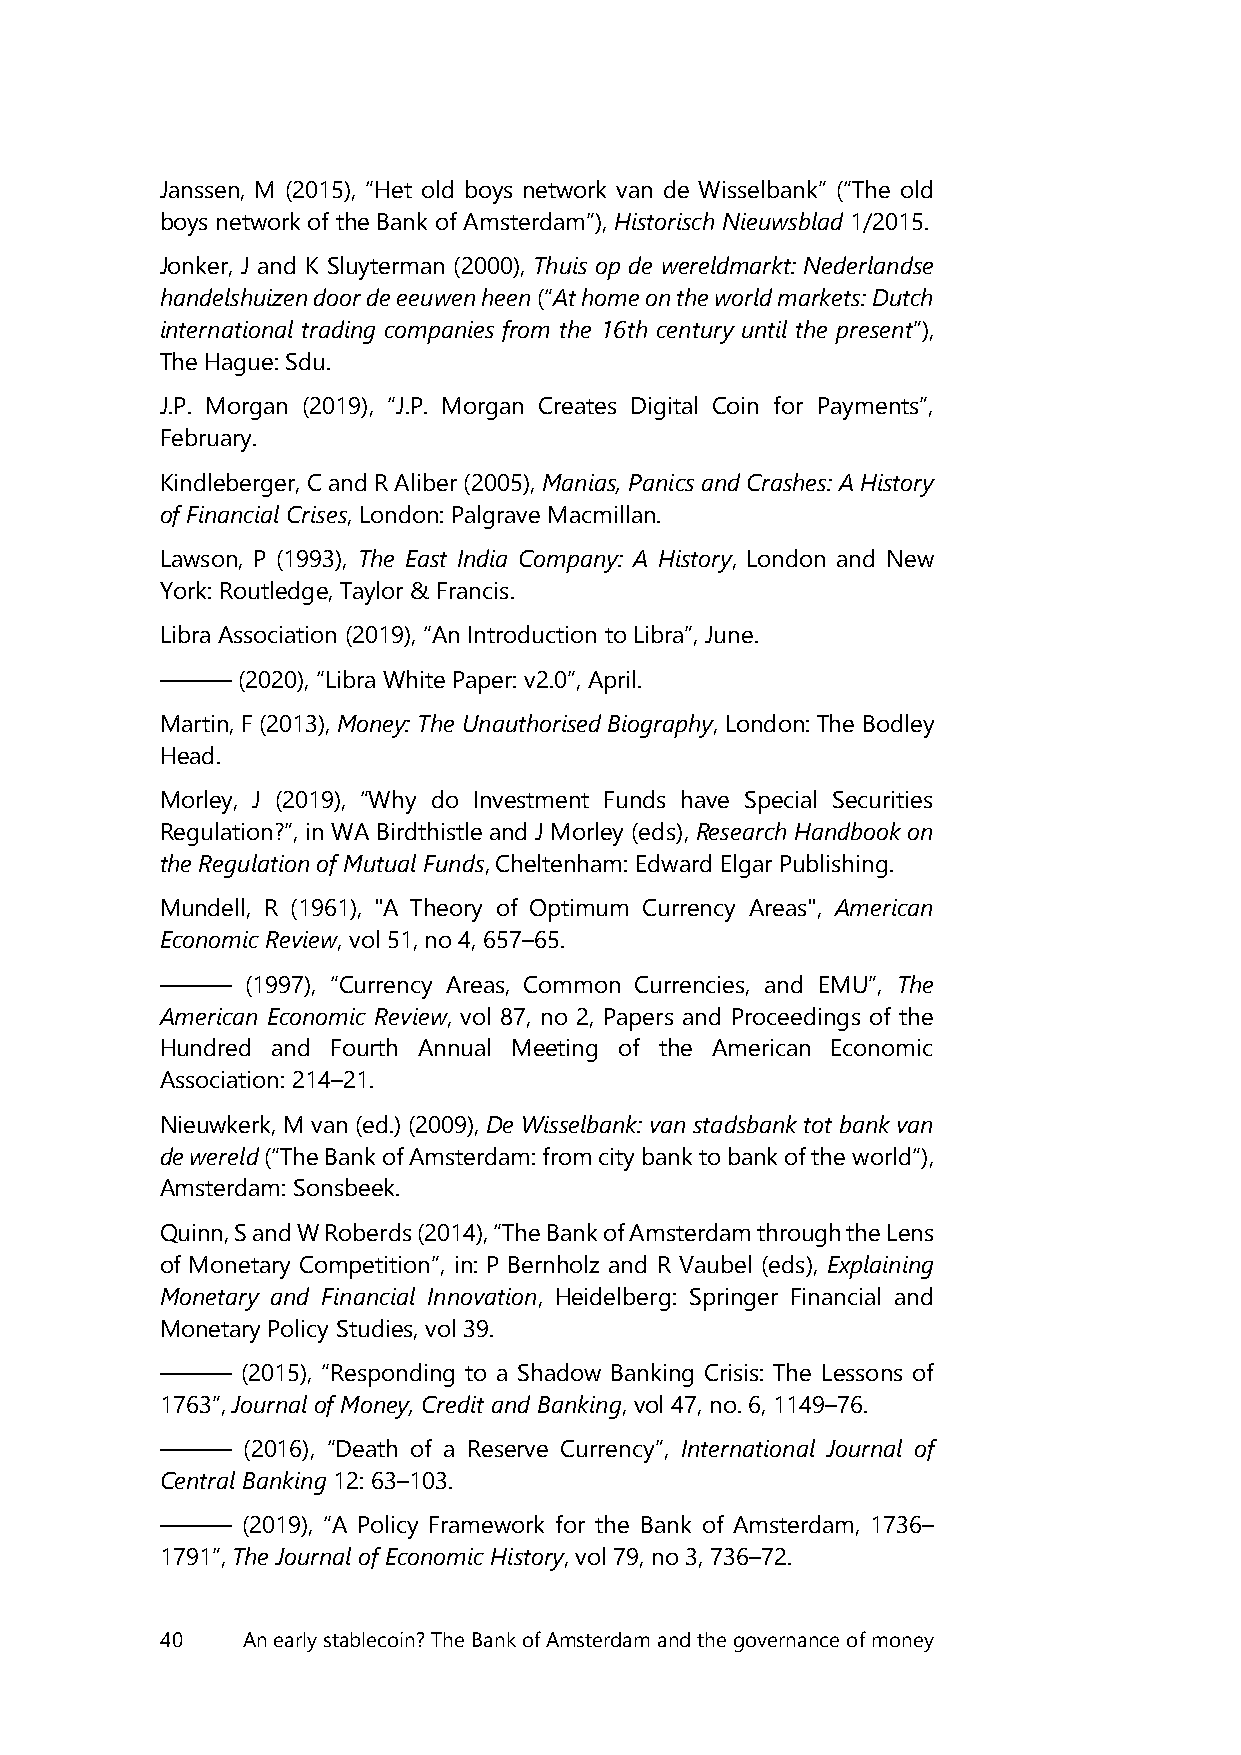
Janssen, M (2015), “Het old boys network van de Wisselbank” (“The old
 boys network of the Bank of Amsterdam”), Historisch Nieuwsblad 1/2015.
 Jonker, J and K Sluyterman (2000), Thuis op de wereldmarkt: Nederlandse
 handelshuizen door de eeuwen heen (“At home on the world markets: Dutch
 international trading companies from the 16th century until the present”),
 The Hague: Sdu.
 J.P. Morgan (2019), “J.P. Morgan Creates Digital Coin for Payments”,
 February.
 Kindleberger, C and R Aliber (2005), Manias, Panics and Crashes: A History
 of Financial Crises, London: Palgrave Macmillan.
 Lawson, P (1993), The East India Company: A History, London and New
 York: Routledge, Taylor & Francis.
 Libra Association (2019), “An Introduction to Libra”, June.
 ———  (2020), “Libra White Paper: v2.0”, April.
 Martin, F (2013), Money: The Unauthorised Biography, London: The Bodley
 Head.
 Morley, J (2019), “Why do Investment Funds have Special Securities
 Regulation?”, in WA Birdthistle and J Morley (eds), Research Handbook on
 the Regulation of Mutual Funds, Cheltenham: Edward Elgar Publishing.
 Mundell, R (1961), "A Theory of Optimum Currency Areas", American
 Economic Review, vol 51, no 4, 657–65.
 ———  (1997), “Currency Areas, Common Currencies, and EMU”, The
 American Economic Review, vol 87, no 2, Papers and Proceedings of the
 Hundred and Fourth Annual Meeting of the American Economic
 Association: 214–21.
 Nieuwkerk, M van (ed.) (2009), De Wisselbank: van stadsbank tot bank van
 de wereld (“The Bank of Amsterdam: from city bank to bank of the world“),
 Amsterdam: Sonsbeek.
 Quinn, S and W Roberds (2014), “The Bank of Amsterdam through the Lens
 of Monetary Competition”, in: P Bernholz and R Vaubel (eds), Explaining
 Monetary and Financial Innovation, Heidelberg: Springer Financial and
 Monetary Policy Studies, vol 39.
 ———  (2015), “Responding to a Shadow Banking Crisis: The Lessons of
 1763”, Journal of Money, Credit and Banking, vol 47, no. 6, 1149–76.
 ———  (2016), “Death of a Reserve Currency”, International Journal of
 Central Banking 12: 63–103.
 ———  (2019), “A Policy Framework for the Bank of Amsterdam, 1736–
 1791”, The Journal of Economic History, vol 79, no 3, 736–72.
 40   An early stablecoin? The Bank of Amsterdam and the governance of money